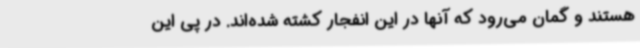
هستند و گمان می‌رود که آنها در این انفجار کشته شده‌اند. در پی این